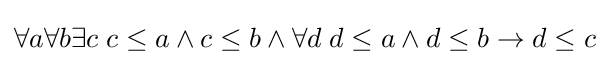
\forall a\forall b\exists c\;c\leq a\wedge c\leq b\wedge \forall d\;d\leq a\wedge d\leq b\rightarrow d\leq c